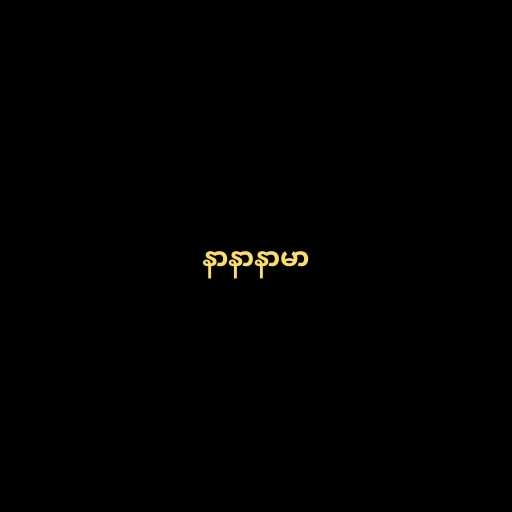
နာနာနာမာ